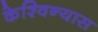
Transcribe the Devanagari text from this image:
केश्विन्यास